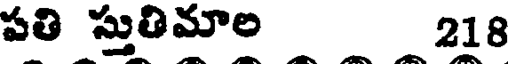
పతి స్తుతిమాల 218